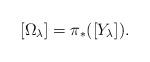
LaTeX: \begin{align*}[\Omega_{\lambda}] =\pi_*([Y_{\lambda}]).\end{align*}